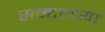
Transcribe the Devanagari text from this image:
सम्टरच्या